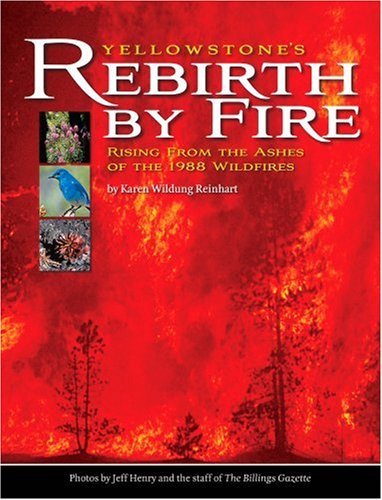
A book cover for Yellowstone's Rebirth by Fire: Rising from the Ashes of the 1988 Wildfires; Karen Wildung Reinhart; Travel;